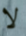
لا